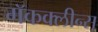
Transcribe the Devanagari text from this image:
मॅकक्लीन्स